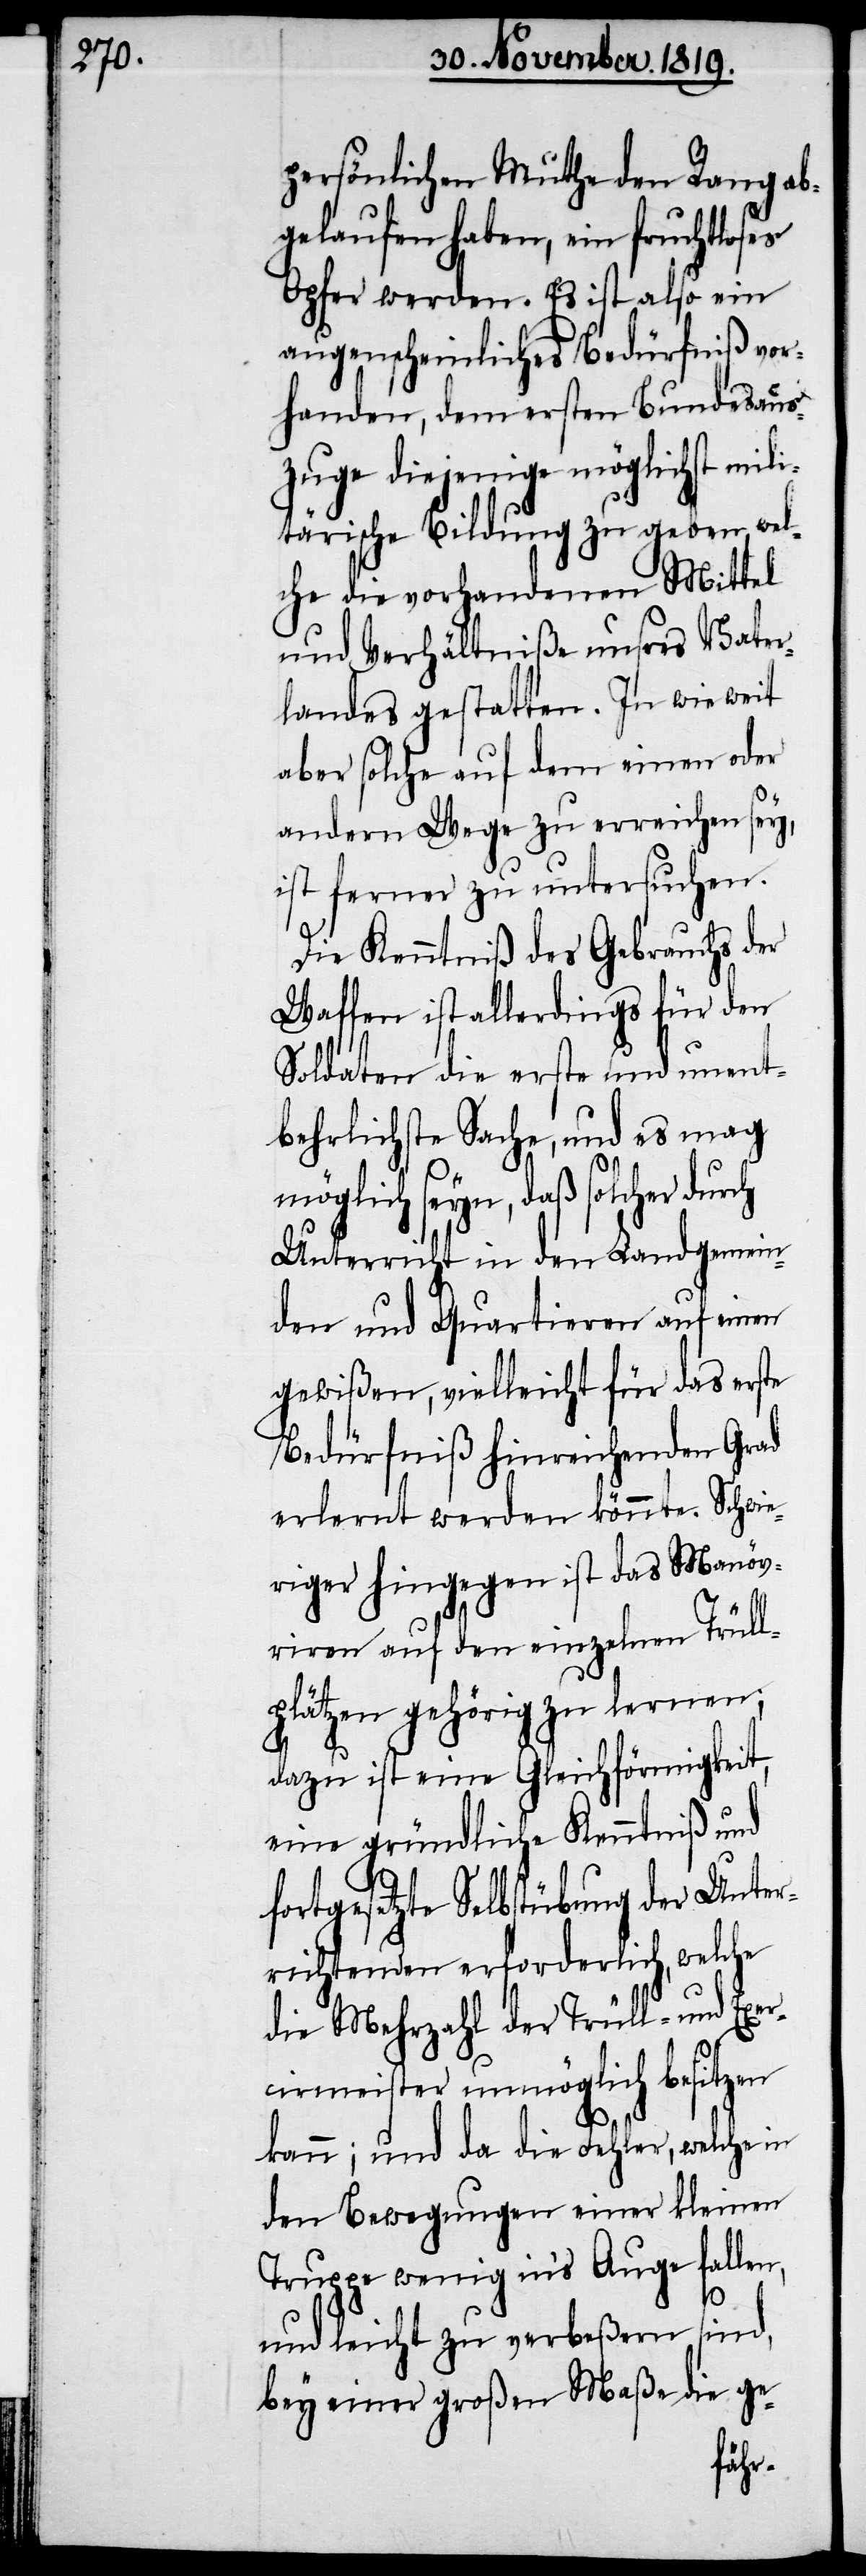
persönlichen Muthe den Rang ab¬
gelaufen haben, ein fruchtloses
Opfer werden. Es ist also ein
augenscheinliches Bedürfniß vor¬
handen, dem ersten Bundesaus¬
zuge diejenige möglichst mili¬
tärische Bildung zu geben wel¬
che die vorhandenen Mittel
und Verhältniße unseres Vater¬
landes gestatten. In wie weit
aber solche auf dem einen oder
andern Wege zu erreichen sey,
ist ferner zu untersuchen.
Die Kenntniß des Gebrauchs der
Waffen ist allerdings für den
Soldaten die erste und unent¬
behrlichste Sache, und es mag
möglich seyn, daß solcher
Unterricht in den Landgemein¬
den und Quartieren auf einen
gewißen, vielleicht für das erste
Bedürfniß hinreichenden Grad
erlernt werden könnte. Schwie¬
riger hingegen ist das Manöv¬
rieren auf den einzelnen Trüll¬
plätzen gehörig zu lernen;
dazu ist eine Gleichförmigkeit,
eine gründliche Kenntniß und
fortgesetzte Selbstübung der Unter¬
richtenden erforderlich, welche
die Mehrzahl der Trüll- und Exer¬
cirmeister unmöglich besitzen
kann; und da die Fehler, welche in
den Bewegungen einer kleinen
Truppe wenig in’s Auge fallen,
und leicht zu verbeßern sind,
bey einer großen Maße die ge-